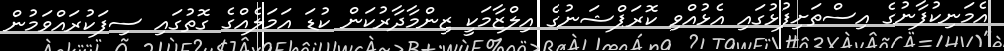
އެމަނިކުފާނުގެ އިސްތަށިފުޅުގައި އެޅުއްވި ކޮރަޕްޝަނުގެ އިލްޒާމަކީ ޒިންމާދާރުކަން ކުޑަ އަމަލެއްގެ ގޮތުގައި ސިފަކުރައްވަމުން